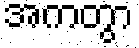
အကတွာ